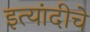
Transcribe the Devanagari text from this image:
इत्यांदीचे